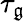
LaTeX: \tau_{\mathfrak{g}}